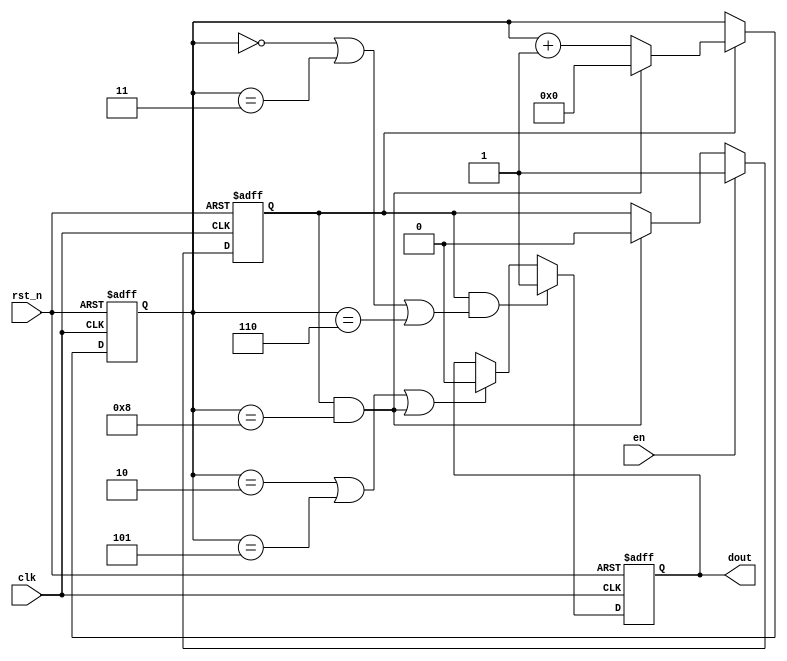
module jsq4_1( 
	clk	,
	rst_n	,
	en		,
	dout
);

	input 	clk	;
	input		rst_n	;
	input 	en		;
	
	output	dout	;
	
	reg	[3:0]	cnt		;
	wire			add_cnt	;
	wire			end_cnt	;
	reg			add_flag	;
	reg			dout		;
	
	always @( posedge clk or negedge rst_n )begin
		if( !rst_n )begin
			cnt <= 0;
		end
		else if( add_cnt )begin
			if( end_cnt )
				cnt <= 0;
			else
				cnt <= cnt + 1;
		end
	end
	
	assign add_cnt = add_flag==1;
	assign end_cnt = add_cnt && cnt==9-1;
	
	always @( posedge clk or negedge rst_n )begin
		if( !rst_n )begin
			add_flag <= 0;
		end
		else if( en )begin
			add_flag <= 1;
		end
		else if( end_cnt )begin
			add_flag <= 0;
		end
	end
	
	always @( posedge clk or negedge rst_n )begin
		if( !rst_n )begin
			dout <= 0;
		end
		else if(add_cnt && (cnt==1-1 || cnt==4-1 || cnt==7-1) )begin
			dout <= 1;
		end
		else if( cnt==3-1 || cnt==6-1 || end_cnt )begin
			dout <= 0;
		end
	end
	
endmodule